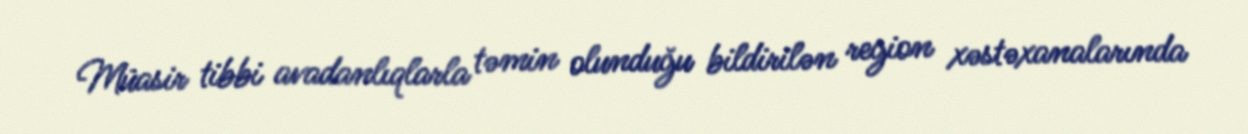
Müasir tibbi avadanlıqlarla təmin olunduğu bildirilən region xəstəxanalarında